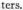
ters.